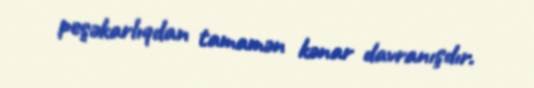
peşəkarlıqdan tamamən kənar davranışdır.